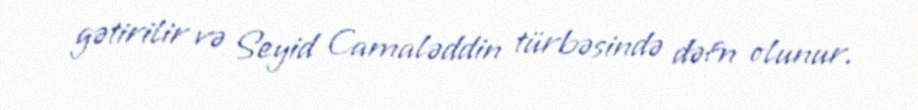
gətirilir və Seyid Camaləddin türbəsində dəfn olunur.